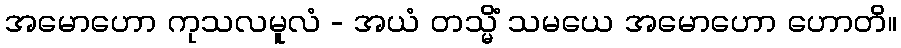
အမောဟော ကုသလမူလံ - အယံ တသ္မိံ သမယေ အမောဟော ဟောတိ။